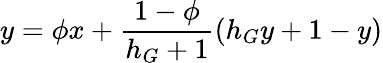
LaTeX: y=\phi x+\frac{1-\phi}{h_{G}+1}(h_{G}y+1-y)